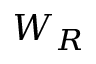
W _ { R }